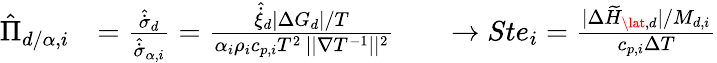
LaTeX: \begin{array}{r}{\begin{array}{rlrl}{\hat{\Pi}_{d/\alpha,i}}&{=\frac{\hat{\dot{\sigma}}_{d}}{\hat{\dot{\sigma}}_{\alpha,i}}=\frac{{\hat{\dot{\xi}}_{d}}{|\Delta G_{d}|}/{T}}{{\alpha_{i}\rho_{i}c_{p,i}T^{2}}\, ||\nabla{T}^{-1}||^{2}}}&&{\to{Ste}_{i}=\frac{|\Delta\widetilde{H}_{\lat,d}|/M_{d,i}}{c_{p,i}\Delta T}}\end{array}}\end{array}